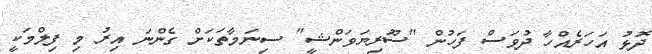
ދޮޅު އަހަރެއްހާ ދުވަސް ފަހުން "ސޫރިޔަވަންޝީ" ސިނަމާތަކަށް ގެންނަ އިރު މި ފިލްމަކީ